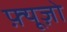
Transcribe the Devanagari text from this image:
फ़्यूज़ो